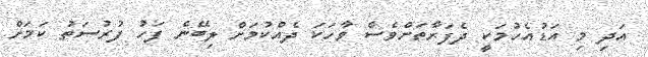
އަދި މި އަޑުއެހުމަކީ ދެފަރާތަށްވެސް ވާހަކަ ދެއްކުމަށް ލިބޭނެ ފަހު ފުރުސަތު ކަމަށް